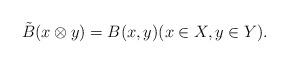
LaTeX: \begin{align*}\tilde{B}(x\otimes y) = B(x, y) (x \in X, y \in Y).\end{align*}